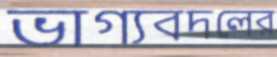
ভাগ্যবদলের